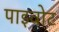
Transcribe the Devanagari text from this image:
पाइवोट